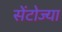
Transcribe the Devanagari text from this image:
सेंटोज्या